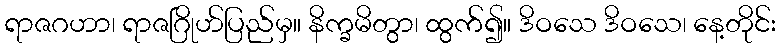
ရာဇဂဟာ၊ ရာဇဂြိုဟ်ပြည်မှ။ နိက္ခမိတွာ၊ ထွက်၍။ ဒိဝသေ ဒိဝသေ၊ နေ့တိုင်း